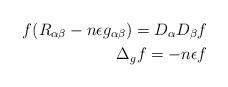
LaTeX: \begin{align*}f(R_{\alpha\beta} - n \epsilon g_{\alpha\beta}) = D_\alpha D_\beta f \\\Delta_g f = -n\epsilon f\end{align*}